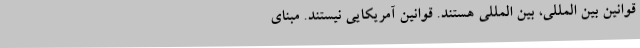
قوانین بین المللی، بین المللی هستند. قوانین آمریکایی نیستند. مبنای